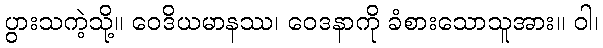
ပွားသကဲ့သို့။ ဝေဒိယမာနဿ၊ ဝေဒနာကို ခံစားသောသူအား။ ဝါ၊